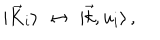
LaTeX: \vert { \vec { K } } _ { i } \rangle \, \, \leftrightarrow \, \, \vert \vec { k } , u _ { i } \rangle \, ,